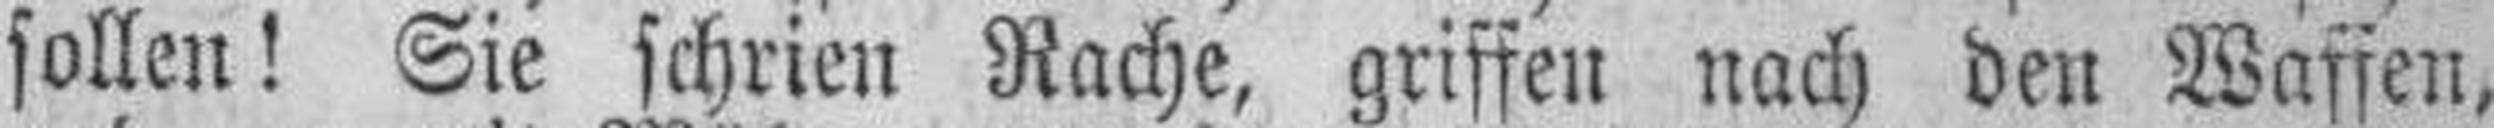
sollen! Sie schrien Rache, griffen nach den Waffen,